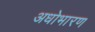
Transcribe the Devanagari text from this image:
अधोभारण